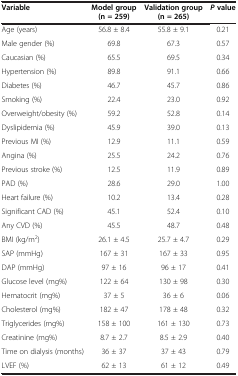
| Variable | Model group (n = 259) | Validation group (n = 265) | Pvalue |
 | --- | --- | --- | --- |
 | Age (years) | 56.8 ± 8.4 | 55.8 ± 9.1 | 0.21 |
 | Male gender (%) | 69.8 | 67.3 | 0.57 |
 | Caucasian (%) | 65.5 | 69.5 | 0.34 |
 | Hypertension (%) | 89.8 | 91.1 | 0.66 |
 | Diabetes (%) | 46.7 | 45.7 | 0.86 |
 | Smoking (%) | 22.4 | 23.0 | 0.92 |
 | Overweight/obesity (%) | 59.2 | 52.8 | 0.14 |
 | Dyslipidemia (%) | 45.9 | 39.0 | 0.13 |
 | Previous MI (%) | 12.9 | 11.1 | 0.59 |
 | Angina (%) | 25.5 | 24.2 | 0.76 |
 | Previous stroke (%) | 12.5 | 11.9 | 0.89 |
 | PAD (%) | 28.6 | 29.0 | 1.00 |
 | Heart failure (%) | 10.2 | 13.4 | 0.28 |
 | Significant CAD (%) | 45.1 | 52.4 | 0.10 |
 | Any CVD (%) | 45.5 | 48.7 | 0.48 |
 | BMI (kg/m2) | 26.1 ± 4.5 | 25.7 ± 4.7 | 0.29 |
 | SAP (mmHg) | 167 ± 31 | 167 ± 33 | 0.95 |
 | DAP (mmHg) | 97 ± 16 | 96 ± 17 | 0.41 |
 | Glucose level (mg%) | 122 ± 64 | 130 ± 98 | 0.30 |
 | Hematocrit (mg%) | 37 ± 5 | 36 ± 6 | 0.06 |
 | Cholesterol (mg%) | 182 ± 47 | 178 ± 48 | 0.32 |
 | Triglycerides (mg%) | 158 ± 100 | 161 ± 130 | 0.73 |
 | Creatinine (mg%) | 8.7 ± 2.7 | 8.5 ± 2.9 | 0.40 |
 | Time on dialysis (months) | 36 ± 37 | 37 ± 43 | 0.79 |
 | LVEF (%) | 62 ± 13 | 61 ± 12 | 0.49 |